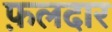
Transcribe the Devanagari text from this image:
फ़लदार